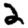
Digit: 2